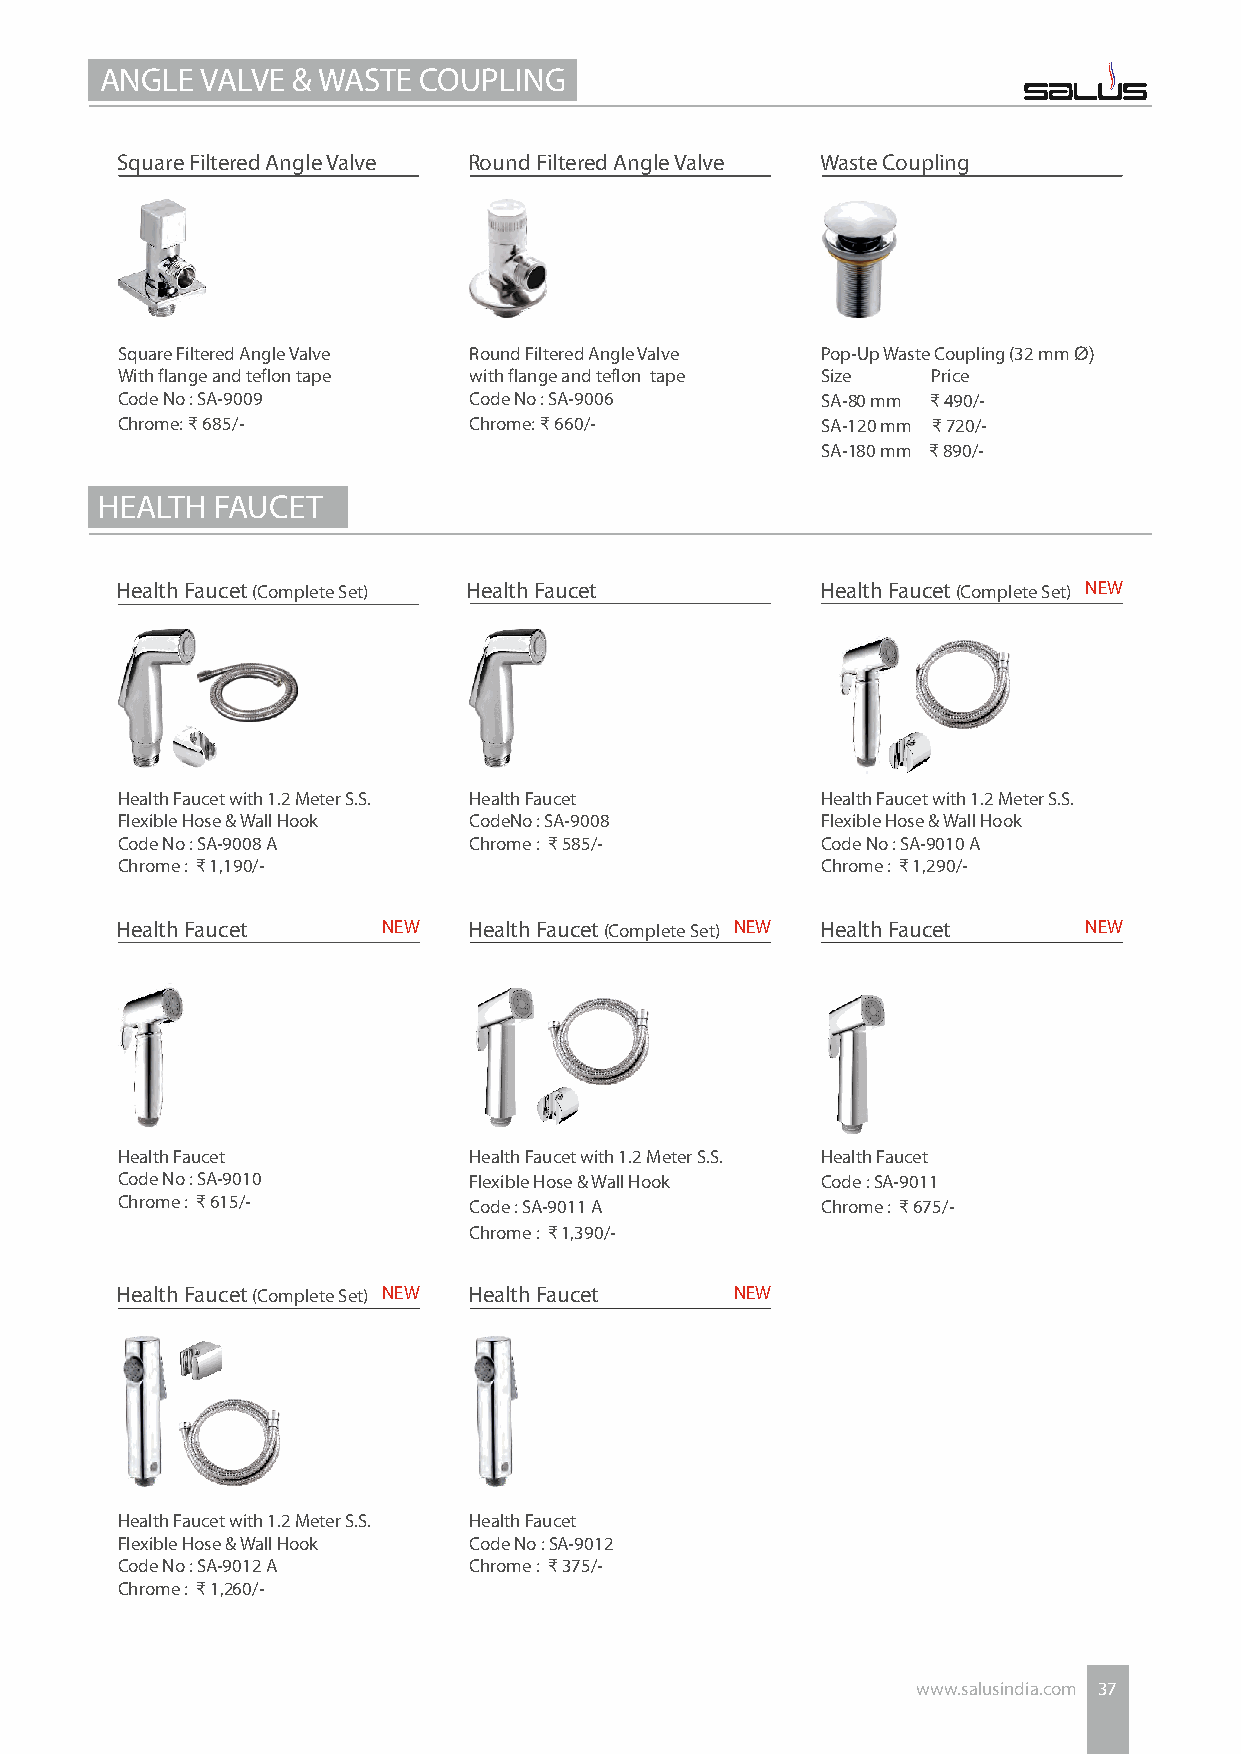
ANGLE VALVE & WASTE  COUPLING
 Square Filtered Angle Valve Round Filtered Angle Valve Waste Coupling
 Square Filtered Angle Valve Round Filtered Angle Valve Pop-Up Waste Coupling (32 mm Ø)
 With flange and teflon tape with flange and teflon tape Size Price
 Code No : SA-9009      Code No : SA-9006      SA-80 mm ₹ 490/-
 Chrome: ₹ 685/-        Chrome: ₹ 660/-        SA-120 mm ₹ 720/-
 SA-180 mm ₹ 890/-
 HEALTH  FAUCET
 H ealth Faucet (Complete Set) Health Faucet   Health Faucet (Complete Set) NEW
 Health Faucet with 1.2 Meter S.S. Health Faucet Health Faucet with 1.2 Meter S.S.
 Flexible Hose & Wall Hook CodeNo : SA-9008    Flexible Hose & Wall Hook
 Code No : SA-9008 A    Chrome : ₹ 585/-       Code No : SA-9010 A
 Chrome : ₹ 1,190/-                            Chrome : ₹ 1,290/-
 Health Faucet    NEW   Health Faucet (Complete Set) NEW Health Faucet NEW
 Health Faucet          Health Faucet with 1.2 Meter S.S. Health Faucet
 Code No : SA-9010      Flexible Hose & Wall Hook Code : SA-9011
 Chrome : ₹ 615/-       Code : SA-9011 A       Chrome : ₹ 675/-
 Chrome : ₹ 1,390/-
 Health Faucet (Complete Set) NEW Health Faucet NEW
 Health Faucet with 1.2 Meter S.S. Health Faucet
 Flexible Hose & Wall Hook Code No : SA-9012
 Code No : SA-9012 A    Chrome : ₹ 375/-
 Chrome : ₹ 1,260/-
 www.salusindia.com 37